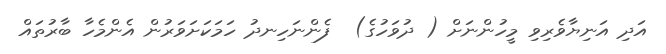
އަދި އަނިޔާވެރިވި މީހުންނަށް ( ދުވަހުގެ)  ފެންނަހިނދު ހަމަކަށަވަރުން އެންމެހާ ބާރުތައް